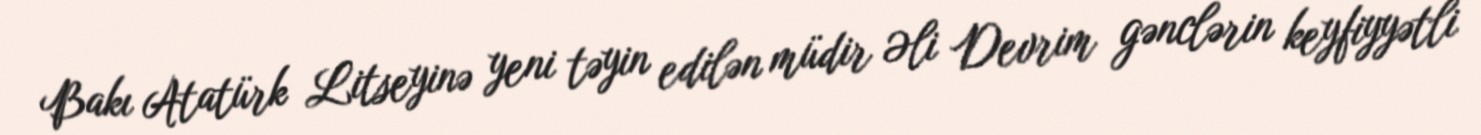
Bakı Atatürk Litseyinə yeni təyin edilən müdir Əli Devrim gənclərin keyfiyyətli